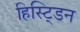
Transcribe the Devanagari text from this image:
हिस्ट्डिन